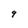
Character: 9